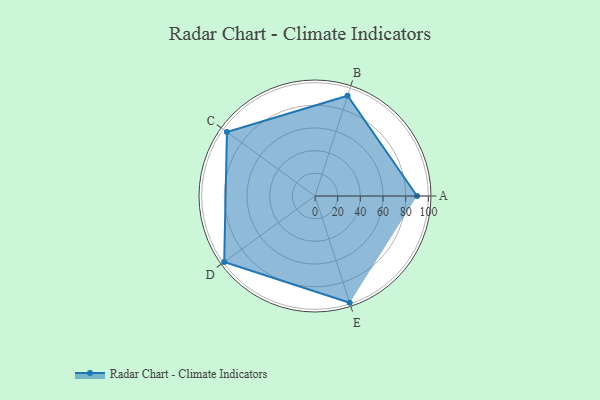
{"axis": {"x": "Skill", "y": "Score"}, "legend": ["Profile"], "data": [{"x": "A", "y": 90.0, "type": "Profile"}, {"x": "B", "y": 93.0, "type": "Profile"}, {"x": "C", "y": 96.0, "type": "Profile"}, {"x": "D", "y": 99.0, "type": "Profile"}, {"x": "E", "y": 99, "type": "Profile"}]}